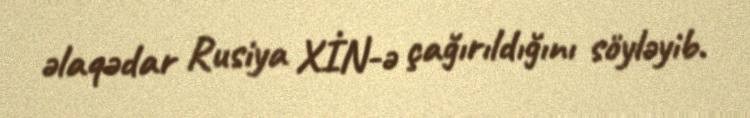
əlaqədar Rusiya XİN-ə çağırıldığını söyləyib.